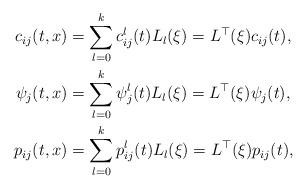
LaTeX: \begin{align*} c_{ij}(t, x) &=\sum_{l=0}^kc_{ij}^l(t)L_l(\xi)=L^\top(\xi)c_{ij}(t), \\ \psi_j(t, x) &=\sum_{l=0}^k\psi_j^l(t)L_l(\xi)=L^\top(\xi)\psi_{j}(t), \\p_{ij}(t, x) & =\sum_{l=0}^kp_{ij}^l(t)L_l(\xi)=L^\top(\xi)p_{ij}(t),\end{align*}